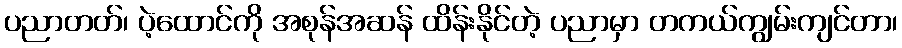
ပညာတတ်၊ ပဲ့ထောင်ကို အစုန်အဆန် ထိန်းနိုင်တဲ့ ပညာမှာ တကယ်ကျွမ်းကျင်တာ၊